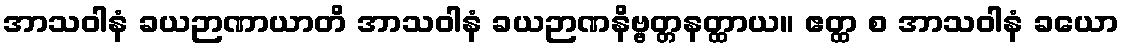
အာသဝါနံ ခယဉာဏာယာတိ အာသဝါနံ ခယဉာဏနိဗ္ဗတ္တနတ္ထာယ။ ဧတ္ထ စ အာသဝါနံ ခယော